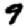
Digit: 9